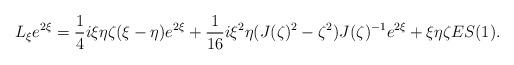
LaTeX: \begin{align*}L_\xi e^{2\xi} &= \frac14i\xi\eta\zeta(\xi - \eta) e^{2\xi} + \frac1{16}i\xi^2\eta(J(\zeta)^2 - \zeta^2)J(\zeta)^{-1} e^{2\xi} + \xi\eta\zeta ES(1).\end{align*}